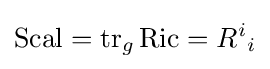
\operatorname {Scal} =\operatorname {tr} _{g}\operatorname {Ric} ={R^{i}}_{i}